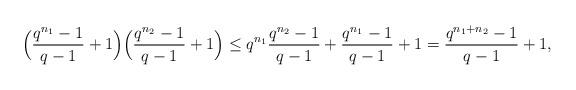
LaTeX: \begin{align*} \Big(\frac{q^{n_1}-1}{q-1}+1\Big)\Big(\frac{q^{n_2}-1}{q-1}+1\Big) \leq q^{n_1}\frac{q^{n_2}-1}{q-1}+\frac{q^{n_1}-1}{q-1}+1 =\frac{q^{n_1+n_2}-1}{q-1}+1,\end{align*}